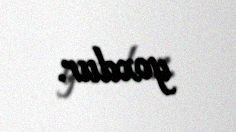
yoxdur.